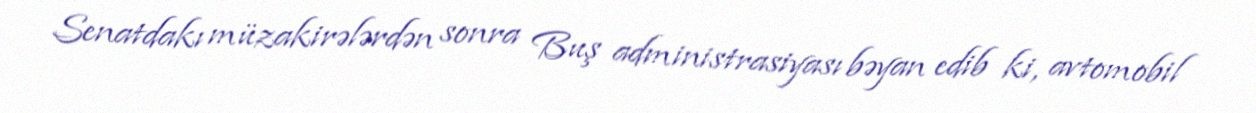
Senatdakı müzakirələrdən sonra Buş administrasiyası bəyan edib ki, avtomobil